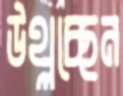
উথ্‌লচ্ছেন